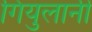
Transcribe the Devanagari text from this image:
गियुलानी